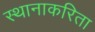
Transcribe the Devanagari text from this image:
स्थानाकरिता